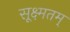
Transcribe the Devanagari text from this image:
सूक्ष्मतम्